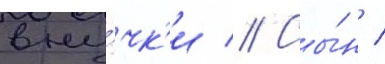
вну́чк'и // Сы́н /